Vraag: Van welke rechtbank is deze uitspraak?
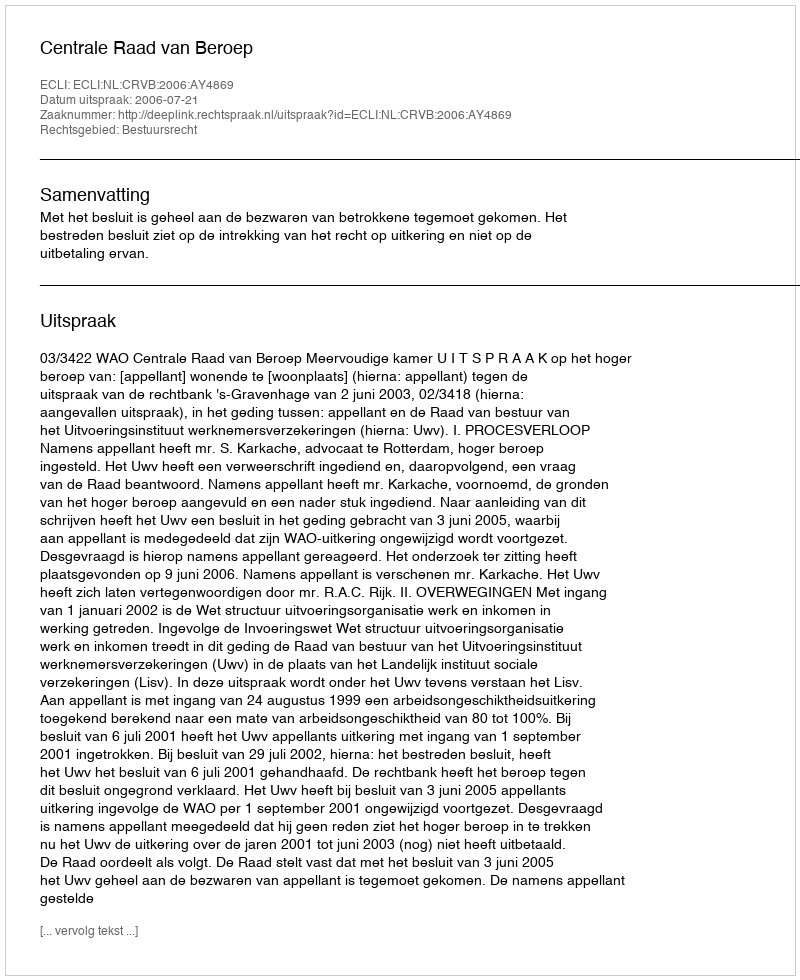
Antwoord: Centrale Raad van Beroep